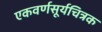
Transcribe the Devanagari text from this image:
एकवर्णसूर्यचित्रक